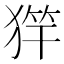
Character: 𱮌